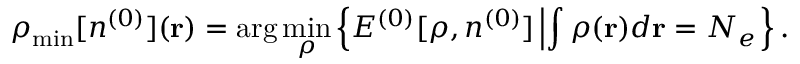
\rho _ { \mathrm { m i n } } [ n ^ { ( 0 ) } ] ( { \bf r } ) = \arg \operatorname* { m i n } _ { \rho } \left\{ { \cal E } ^ { ( 0 ) } [ \rho , n ^ { ( 0 ) } ] \left\vert \int \rho ( { \bf r } ) d { \bf r } = N _ { e } \right. \right\} .